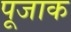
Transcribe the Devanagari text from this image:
पूजाक